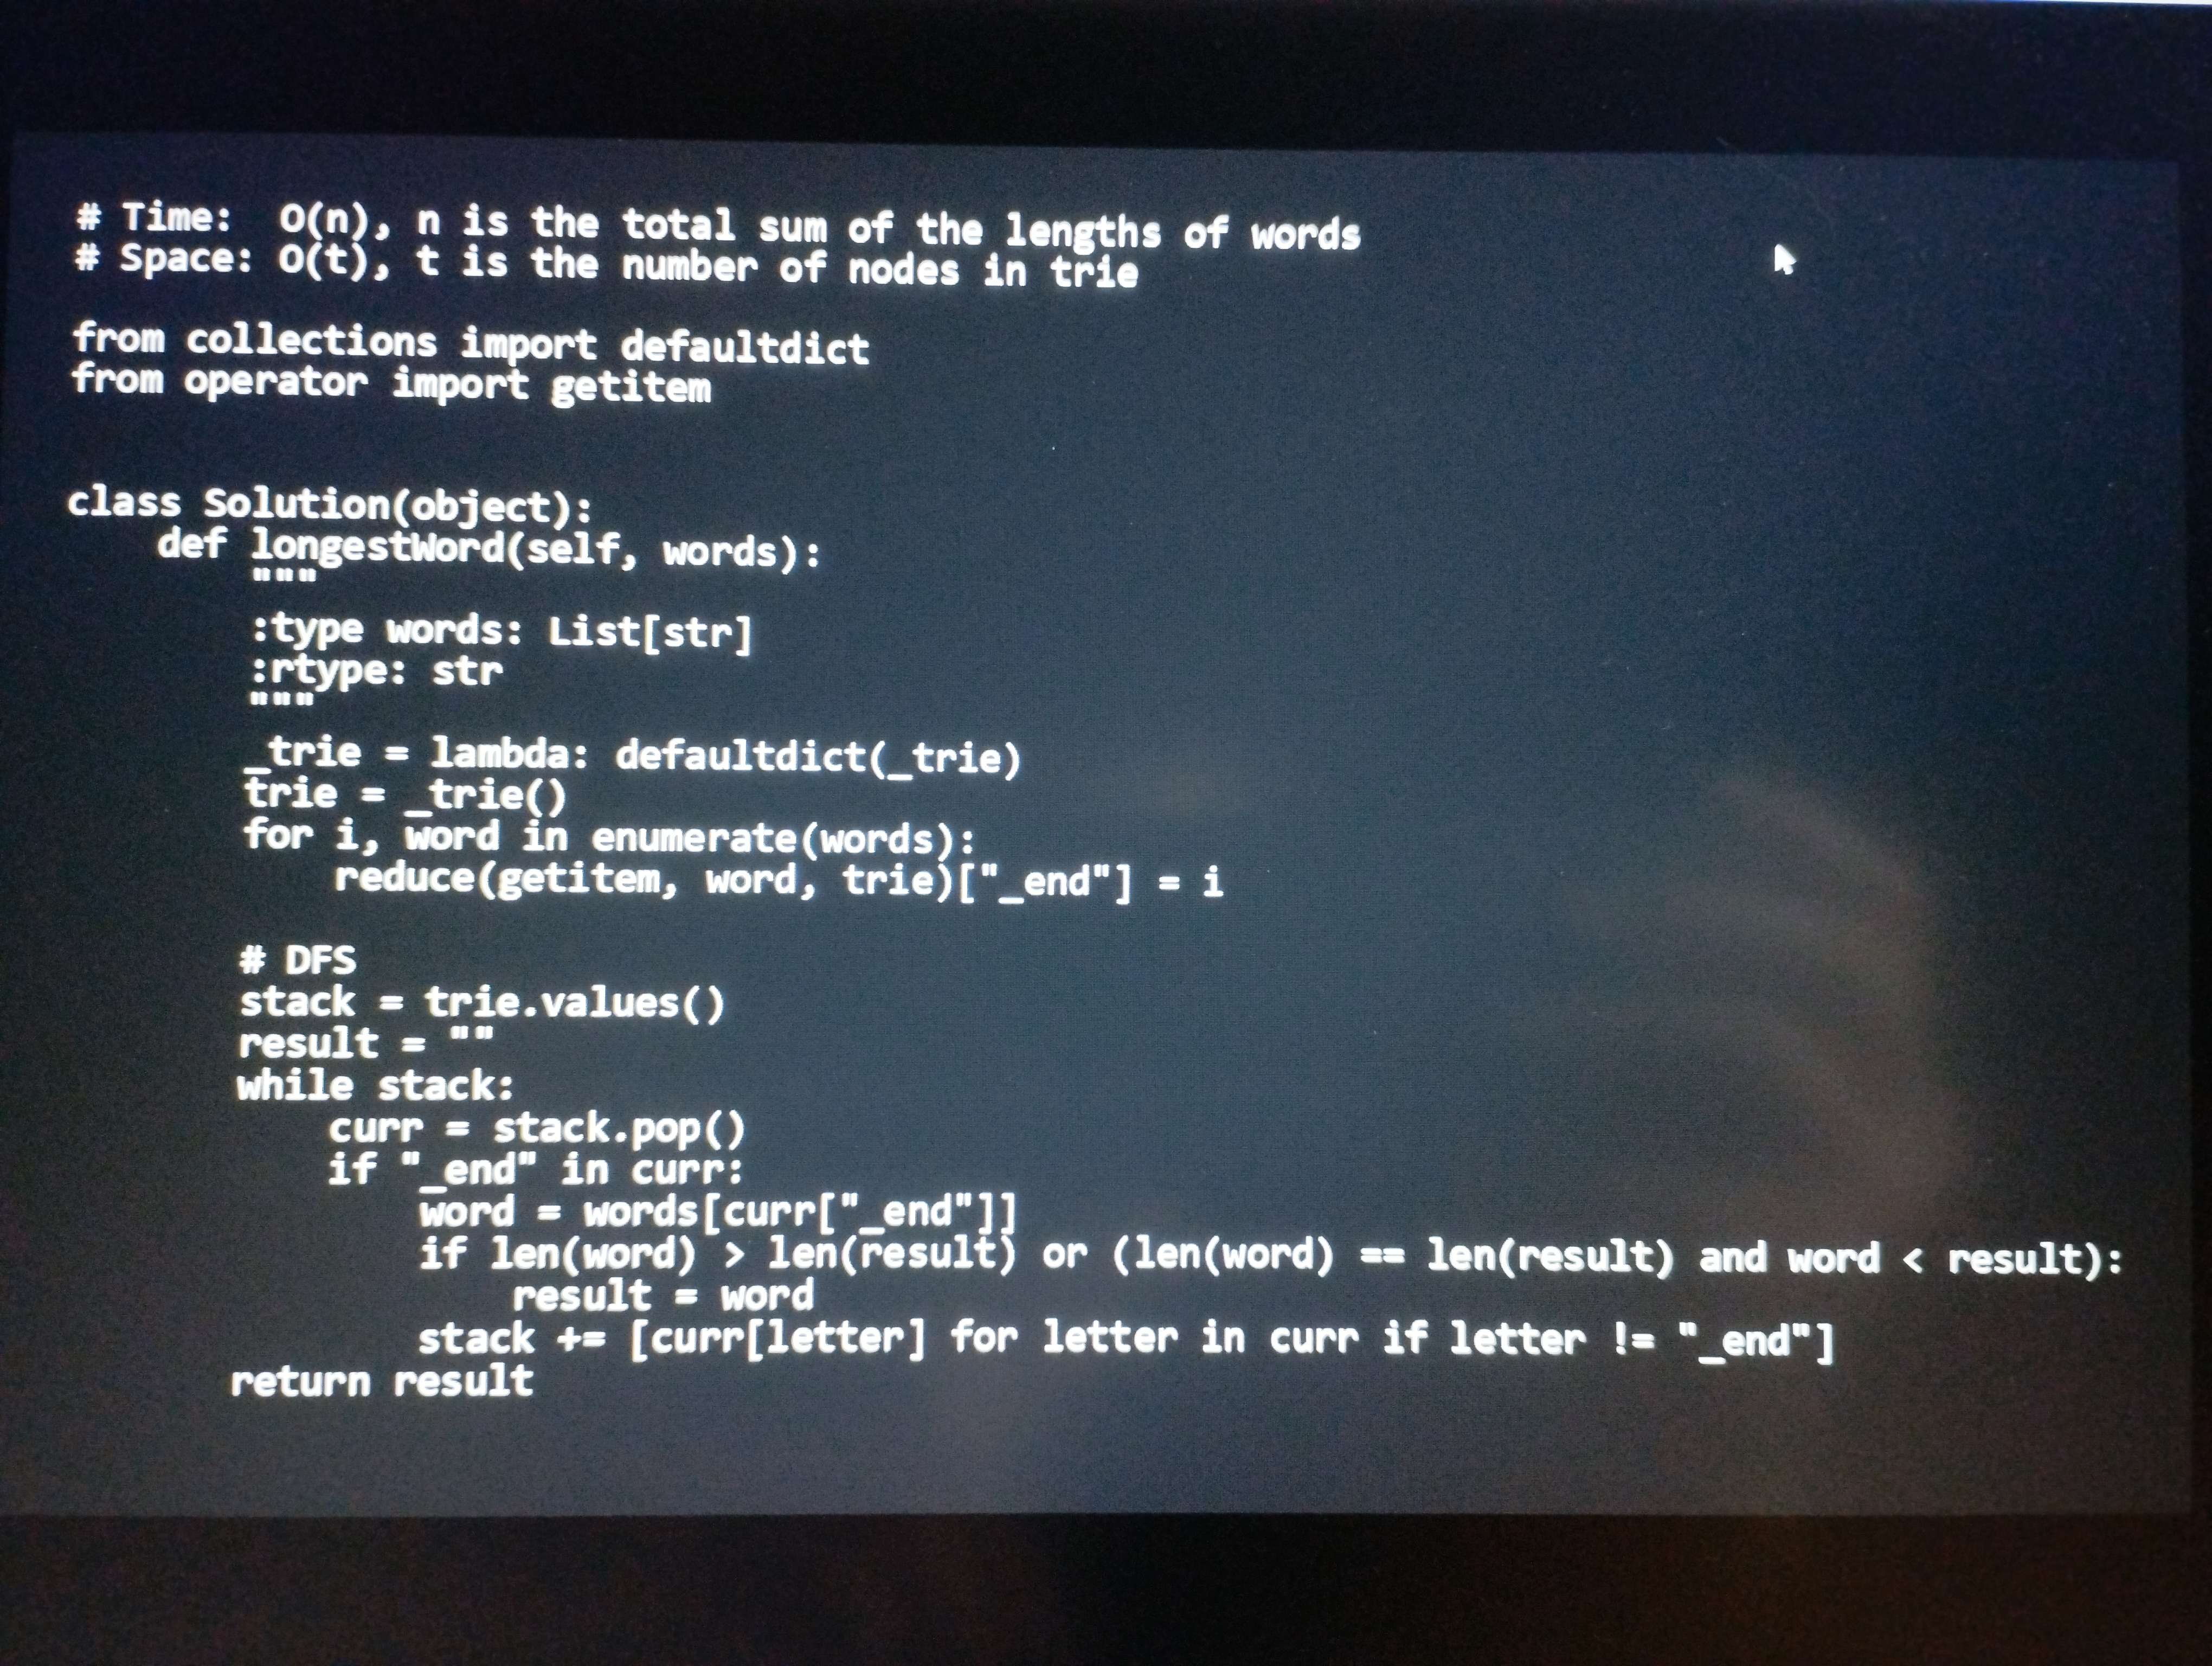
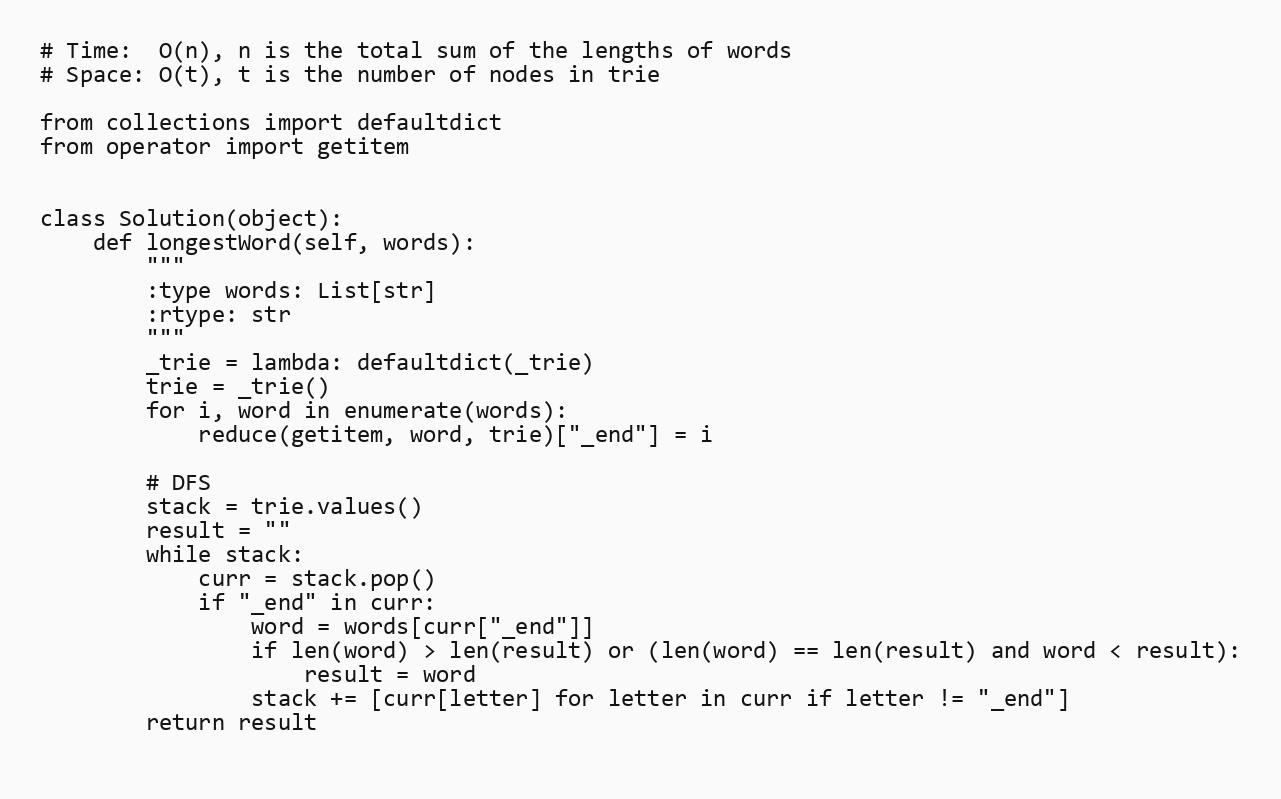
# Time:  O(n), n is the total sum of the lengths of words
# Space: O(t), t is the number of nodes in trie

from collections import defaultdict
from operator import getitem

class Solution(object):
    def longestWord(self, words):
        """
        :type words: List[str]
        :rtype: str
        """
        _trie = lambda: defaultdict(_trie)
        trie = _trie()
        for i, word in enumerate(words):
            reduce(getitem, word, trie)["_end"] = i

        # DFS
        stack = trie.values()
        result = ""
        while stack:
            curr = stack.pop()
            if "_end" in curr:
                word = words[curr["_end"]]
                if len(word) > len(result) or (len(word) == len(result) and word < result):
                    result = word
                stack += [curr[letter] for letter in curr if letter != "_end"]
        return result